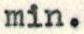
min.